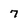
Character: 7